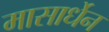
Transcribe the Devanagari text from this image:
मासार्धेन